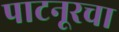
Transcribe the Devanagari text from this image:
पाटनूरचा